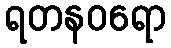
ရတနဝရော